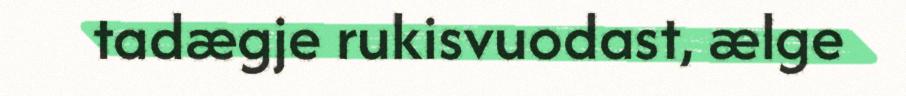
tadægje rukisvuodast, ælge